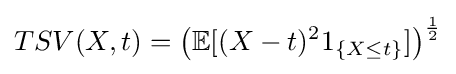
TSV(X,t)=\left(\mathbb {E} [(X-t)^{2}1_{\{X\leq t\}}]\right)^{\frac {1}{2}}